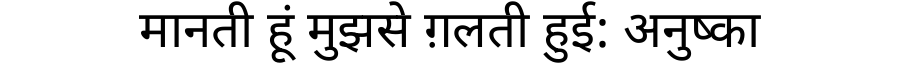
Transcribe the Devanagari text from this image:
मानती हूं मुझसे ग़लती हुई: अनुष्का